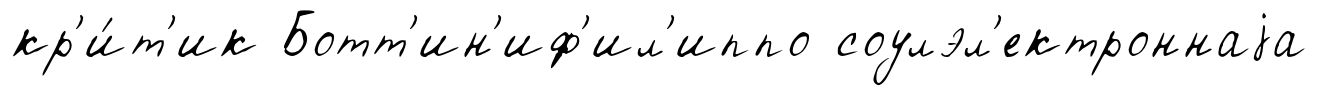
кр'и́т'ик Ботт'ин'иф'ил'иппо соулэл'ектроннаjа